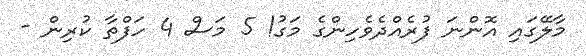
މާލޭގައި އޮންނަ ފުރެއްދެވެހިންގެ މަގު! 5 މަސް 4 ހަފްތާ ކުރިން -